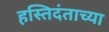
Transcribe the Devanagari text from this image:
हस्तिदंताच्या